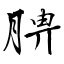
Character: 腗